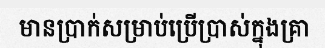
មានប្រាក់សម្រាប់ប្រើប្រាស់ក្នុងគ្រា